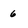
Character: 6